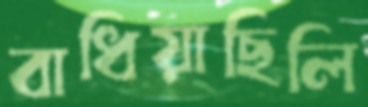
বাধিয়াছিলি